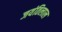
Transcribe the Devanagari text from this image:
जयंतिलाल